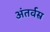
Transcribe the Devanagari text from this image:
अंतर्वस्र